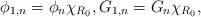
LaTeX: \begin{align*}\phi_{1,n}=\phi_{n}\chi_{R_0},G_{1,n}=G_{n}\chi_{R_0},\end{align*}